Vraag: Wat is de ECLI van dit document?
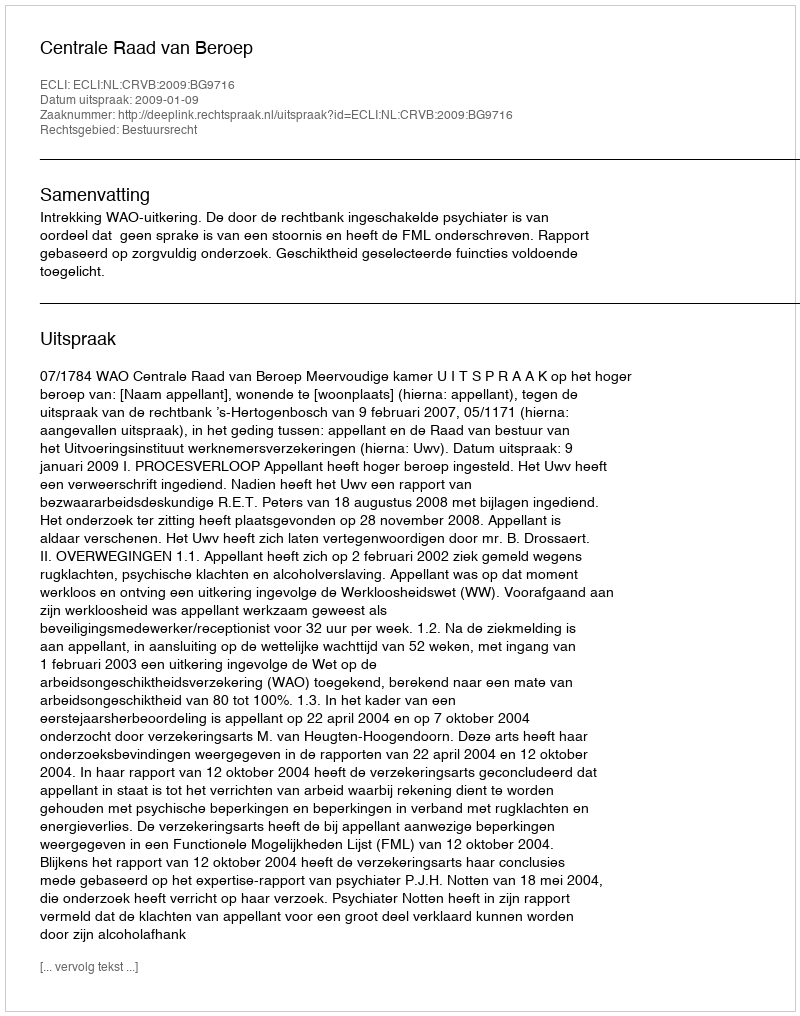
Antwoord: ECLI:NL:CRVB:2009:BG9716